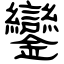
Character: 鑾